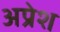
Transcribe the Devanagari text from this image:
अप्रेश